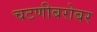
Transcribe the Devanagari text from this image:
चटणीबरोबर